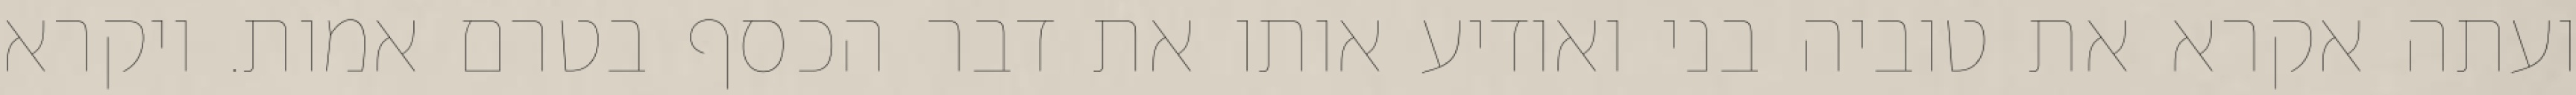
ועתה אקרא את טוביה בני ואודיע אותו את דבר הכסף בטרם אמות. ויקרא